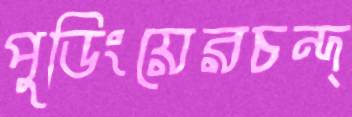
পুডিংয়েরচন্দ্